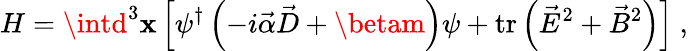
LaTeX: H=\intd^{3}\mathbf{x}\left[\psi^{\dagger}\left(-i\vec{{\alpha}}\vec{{D}}+\betam\right)\psi+\mathrm{{tr}}\left(\vec{{E}}^{2}+\vec{{B}}^{2}\right)\right]\ ,